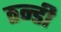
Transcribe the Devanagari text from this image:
ठन्डी